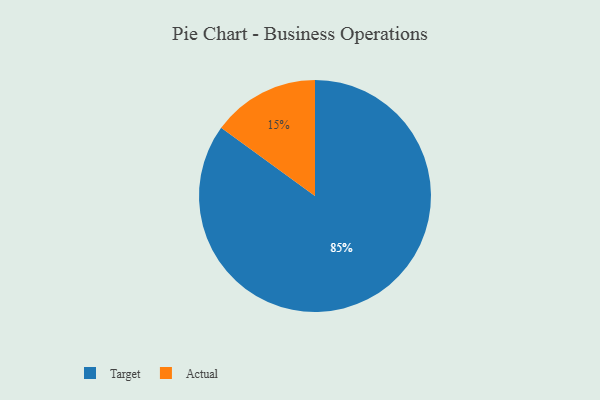
{"axis": {"x": "Category", "y": "Percentage"}, "legend": ["Actual", "Target"], "data": [{"x": "Actual", "y": 15, "type": "Actual"}, {"x": "Target", "y": 85, "type": "Target"}]}